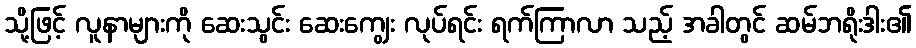
သို့ဖြင့် လူနာများကို ဆေးသွင်း ဆေးကျွေး လုပ်ရင်း ရက်ကြာလာ သည့် အခါတွင် ဆမ်ဘရိုးဒါး၏